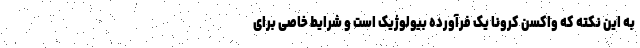
به این نکته که واکسن کرونا یک فرآورده بیولوژیک است و شرایط خاصی برای